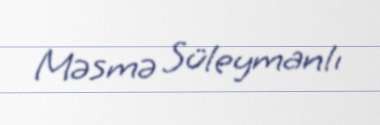
Məsmə Süleymanlı